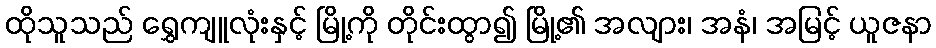
ထိုသူသည် ရွှေကျူလုံးနှင့် မြို့ကို တိုင်းထွာ၍ မြို့၏ အလျား၊ အနံ၊ အမြင့် ယူဇနာ